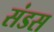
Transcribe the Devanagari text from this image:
संडस